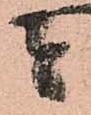
者